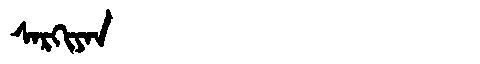
Manchu: ᠰᠠᡵᡴᡳᠶᠠᠨ
Romanization: SARKIYAN